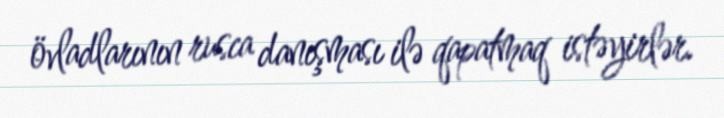
övladlarının rusca danışması ilə qapatmaq istəyirlər.